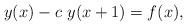
LaTeX: \begin{align*}y(x)-c~y(x+1)=f(x),\end{align*}